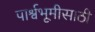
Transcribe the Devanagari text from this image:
पार्श्वभूमीसाठी